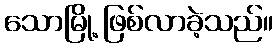
သောမြို့ ဖြစ်လာခဲ့သည်။